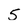
Character: 5